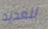
للعديد